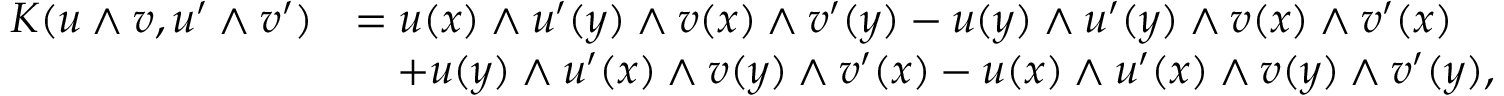
\begin{array} { r l } { K ( u \wedge v , u ^ { \prime } \wedge v ^ { \prime } ) } & { = u ( x ) \wedge u ^ { \prime } ( y ) \wedge v ( x ) \wedge v ^ { \prime } ( y ) - u ( y ) \wedge u ^ { \prime } ( y ) \wedge v ( x ) \wedge v ^ { \prime } ( x ) } \\ & { \ \ \ + u ( y ) \wedge u ^ { \prime } ( x ) \wedge v ( y ) \wedge v ^ { \prime } ( x ) - u ( x ) \wedge u ^ { \prime } ( x ) \wedge v ( y ) \wedge v ^ { \prime } ( y ) , } \end{array}